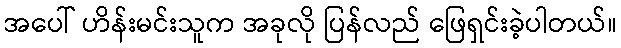
အပေါ် ဟိန်းမင်းသူက အခုလို ပြန်လည် ဖြေရှင်းခဲ့ပါတယ်။